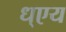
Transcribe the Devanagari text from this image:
ध्एय